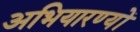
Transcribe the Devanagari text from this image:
अभियारण्यों